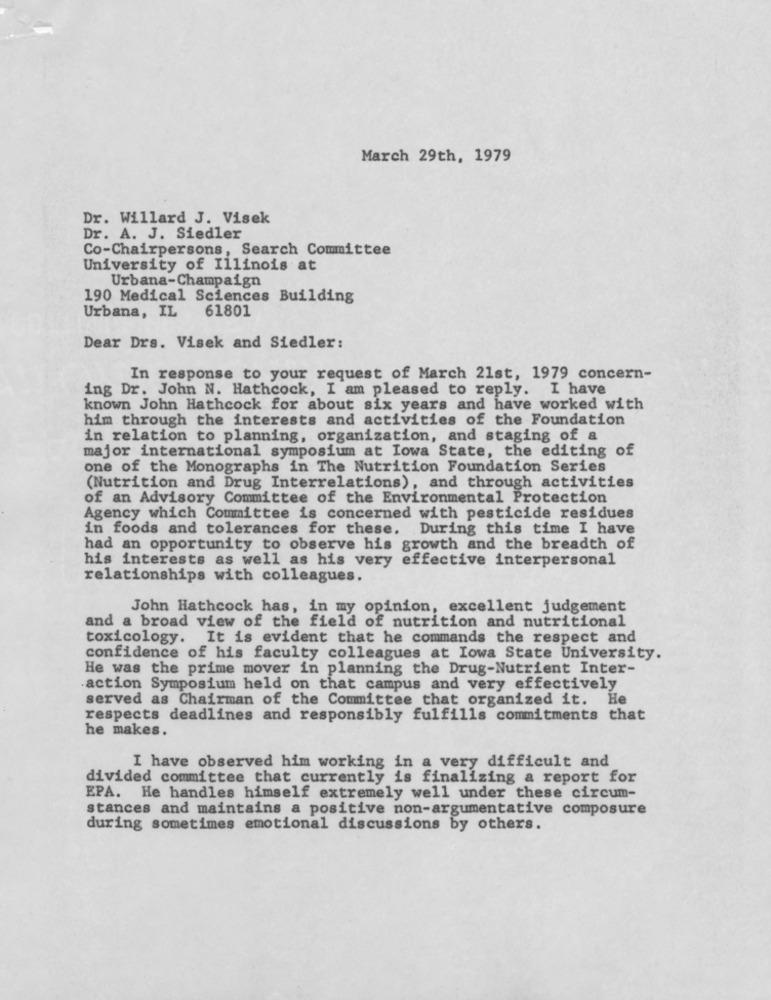
March 29th, 1979
Dr. Willard J. Visek
Dr. A. J. Siedler
Co-Chairpersons, Search Committee
University of Illinois at
Urbana-Champaign
190 Medical Sciences Building
Urbana, IL 61801
Dear Drs. Visek and Siedler:
In response to your request of March 21st, 1979 concern-
ing Dr. John N. Hathcock, I am pleased to reply. I have
known John Hathcock for about six years and have worked with
him through the interests and activities of the Foundation
in relation to planning, organization, and staging of a
major international symposium at Iowa State, the editing of
one of the Monographs in The Nutrition Foundation Series
(Nutrition and Drug Interrelations), and through activities
of an Advisory Committee of the Environmental Protection
Agency which Committee is concerned with pesticide residues
in foods and tolerances for these. During this time I have
had an opportunity to observe his growth and the breadth of
his interests as well as his very effective interpersonal
relationships with colleagues.
John Hathcock has, in my opinion, excellent judgement
and a broad view of the field of nutrition and nutritional
toxicology. It is evident that he commands the respect and
confidence of his faculty colleagues at Iowa State University.
He was the prime mover in planning the Drug-Nutrient Inter-
action Symposium held on that campus and very effectively
served as Chairman of the Committee that organized it. He
respects deadlines and responsibly fulfills commitments that
he makes.
I have observed him working in a very difficult and
divided committee that currently is finalizing a report for
EPA. He handles himself extremely well under these circum-
stances and maintains a positive non-argumentative composure
during sometimes emotional discussions by others.